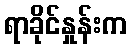
ရာခိုင်နှုန်းက